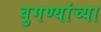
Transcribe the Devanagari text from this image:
बुगण्यांच्या